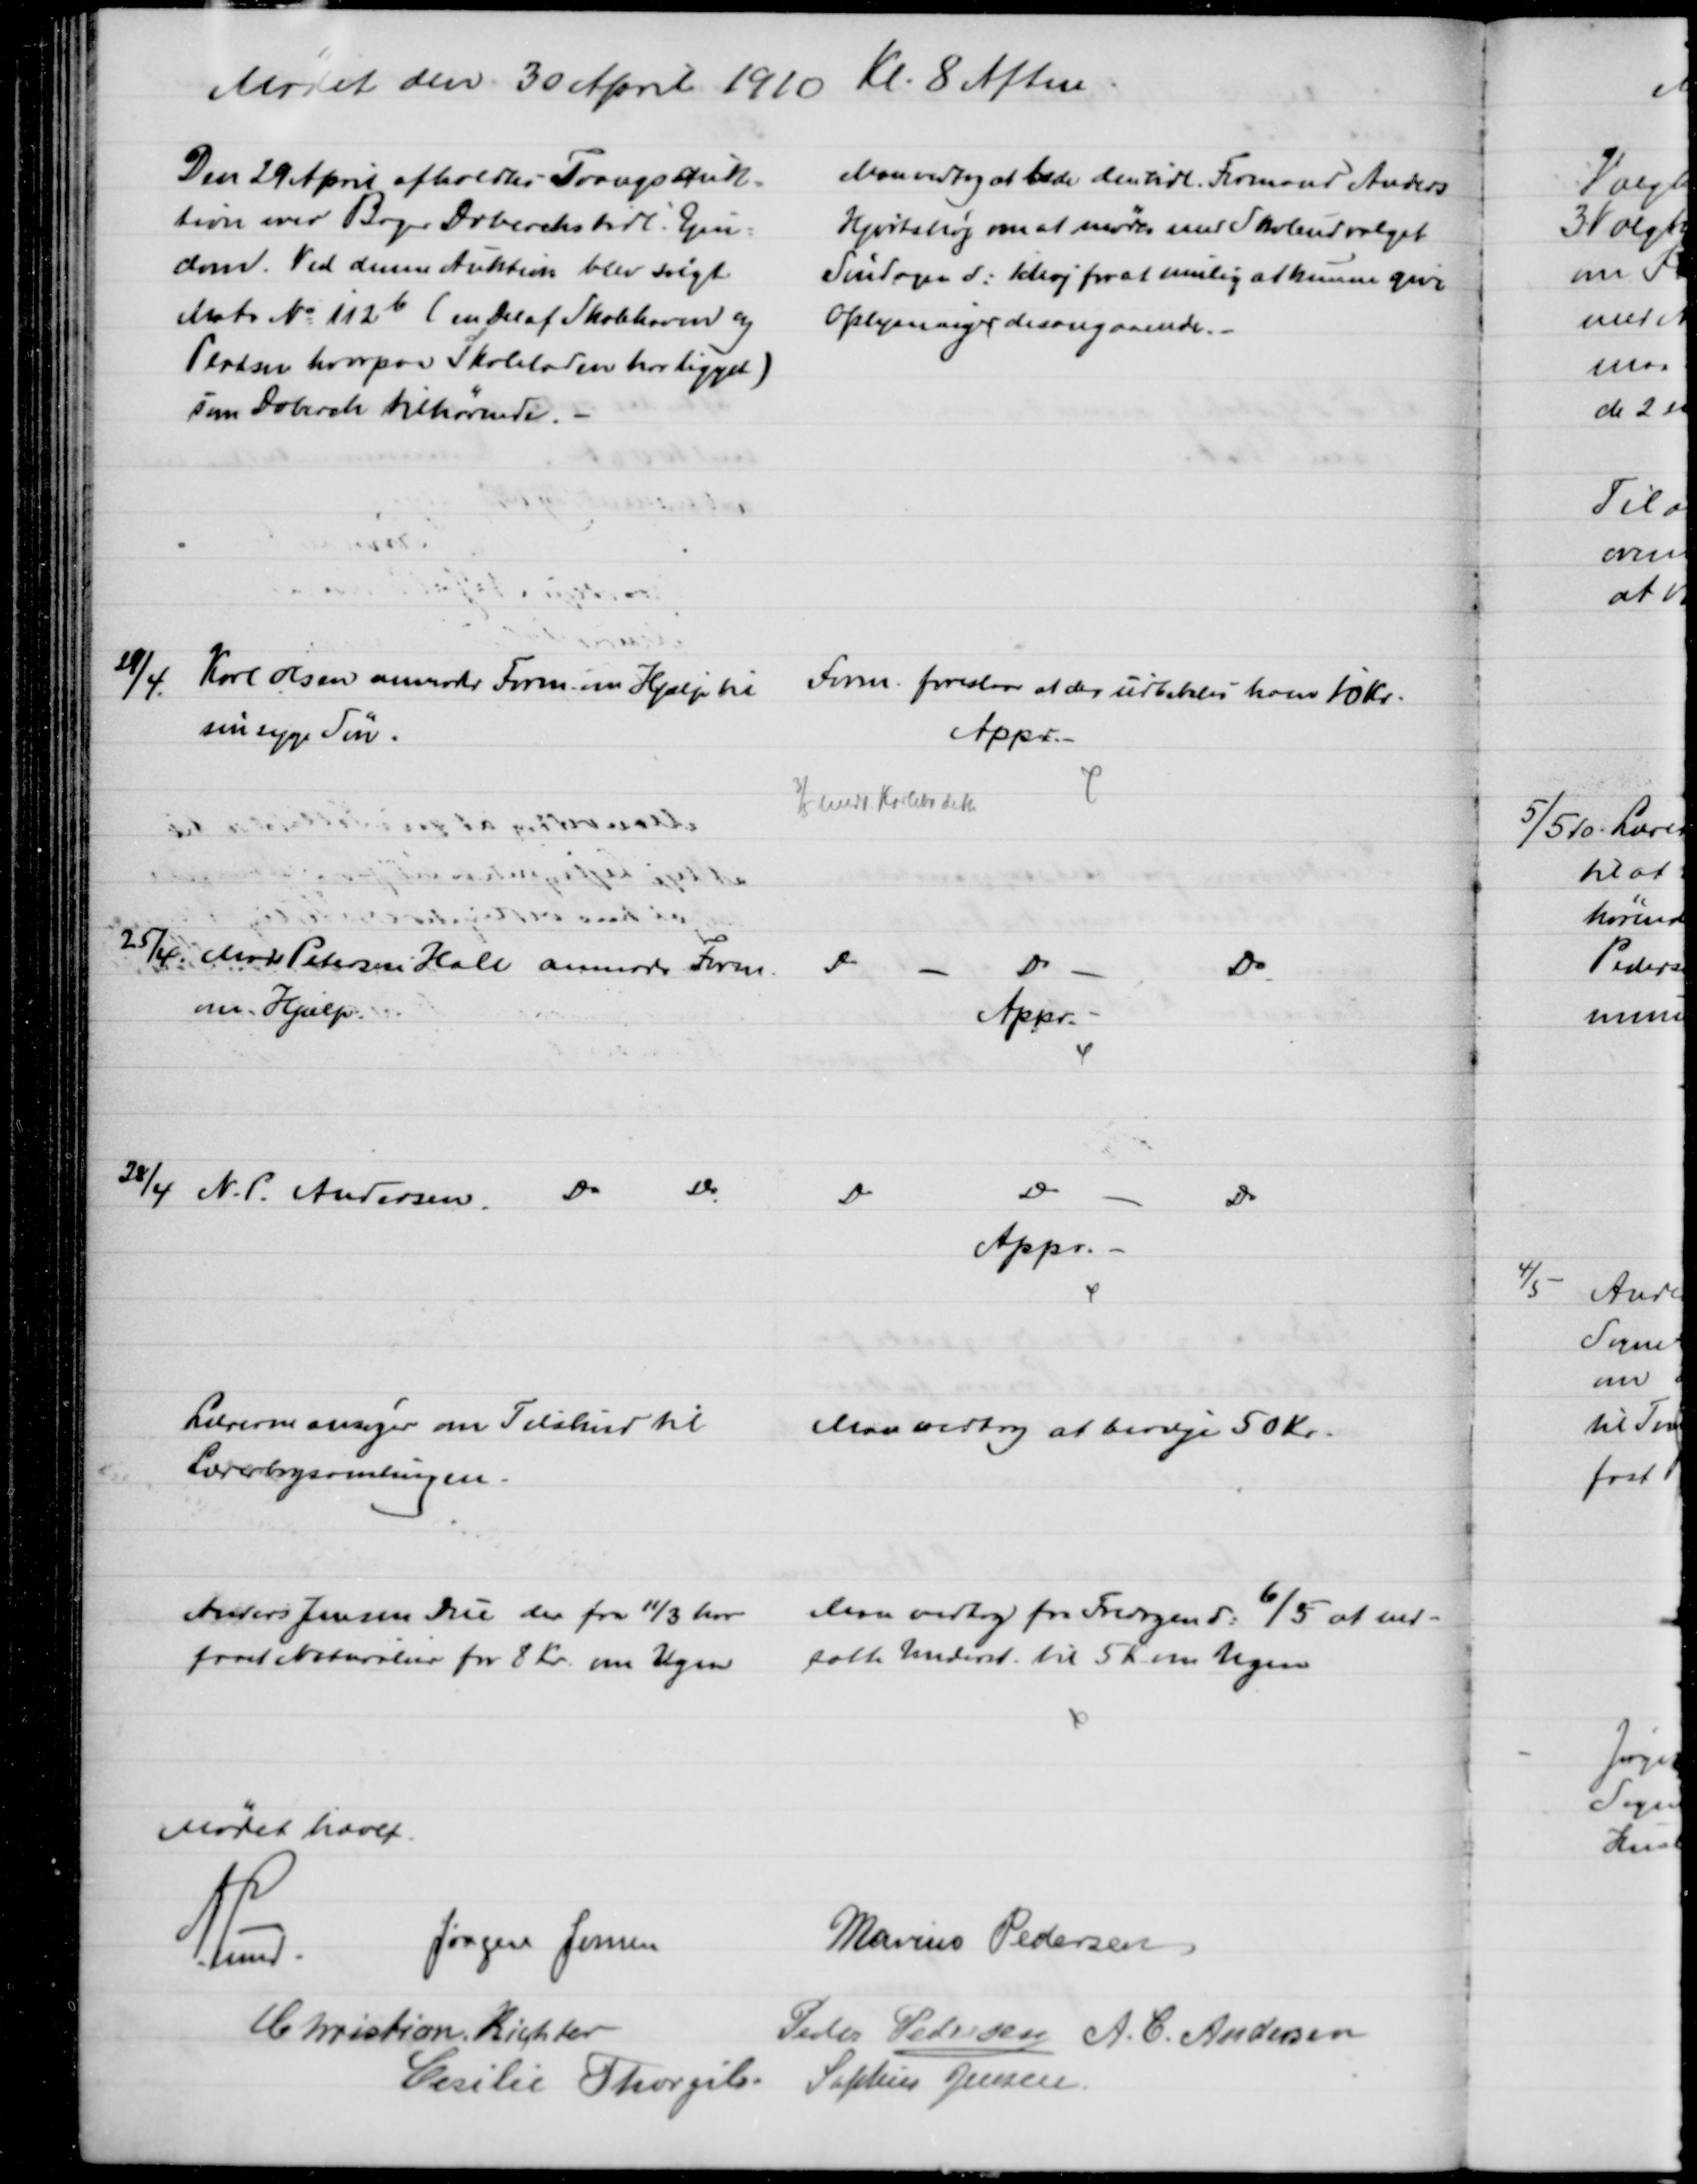
Transskription:
Mødet den 30 April 1910
Kl. 8 Aften.
Den 29 April afholdtes Trangsauk=
tion over Bager Dobercks tidl. Ejen=
dom. Ved denne Auktion blev solgt
Matr № 112b (en Del af Skolehaven og
Pladsen hvorpaa Skoleladen har ligget)
som Doberck tilhørende.
Man vedtog at bede den tidl. Formand Anders
Hjortshøj om at mødes med Skoleudvalget
Søndagen d. 1 Maj for at mulig at kunne give
Oplysninger desangaaende.
28/4
Karl Olsen anmoder Form. om Hjælp til
sin syge Søn.
Form foreslaar at der udbetales ham 10 Kr.
Appr.
3/5 medd. Karlebo dette
25/4 Mads Petersen Hall anmoder Form. 
om Hjælp.
Do
Do
Do
Appr
28/4 N. P. Andersen.
Do
Do
Do
Do
Do
Appr. 
Læreren ansøger om Tilskud til
Lærerbogsamlingen.
Man vedtog at bevilge 50 Kr.
Anders Jensen Due der fra 11/3 har 
faaet Naturalier for 8 Kr. om Ugen 
Man vedtog fra Fredagen d. 6/5 at ned-
sætte Underst. til 5 Kr. om Ugen
Mødet hævet.
A. Lund
Jørgen Jensen
Marius Pedersen
Christian Richter
Peder Pedersen A. C. Andersen
Cecilie Thorgils. Sophus Jensen